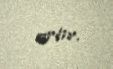
artır.